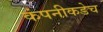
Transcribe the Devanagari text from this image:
कंपनीकडेच